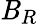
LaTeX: \mathit{B}_{R}